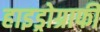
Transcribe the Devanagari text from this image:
हाइड्रोग्राफी